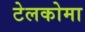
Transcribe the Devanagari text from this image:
टेलकोमा